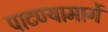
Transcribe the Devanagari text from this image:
पाटण्यामार्गे